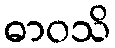
ဓာဝသိ